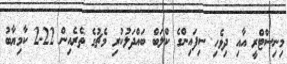
މިނިސްޓްރީ އާއި ދިވެހި ސިފައިންގެ ކްލަބް ބައްދަލުކުރި މެޗުގެ ތެރެއިން 22-2 ކާމިޔާބު